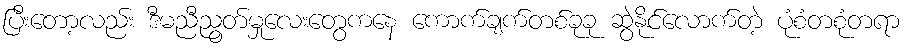
ပြီးတော့လည်း ဒီမညီညွတ်မှုလေးတွေကနေ ကောက်ချက်တစ်ခုခု ဆွဲနိုင်လောက်တဲ့ ပုံစံတစုံတရာ